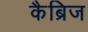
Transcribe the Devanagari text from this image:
कैब्रिज